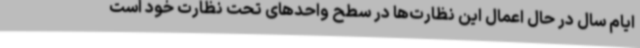
ایام سال در حال اعمال این نظارت‌ها در سطح واحدهای تحت نظارت خود است